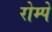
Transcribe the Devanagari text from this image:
रोम्पे